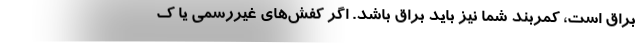
براق است، کمربند شما نیز باید براق باشد. اگر کفش‌های غیررسمی یا ک